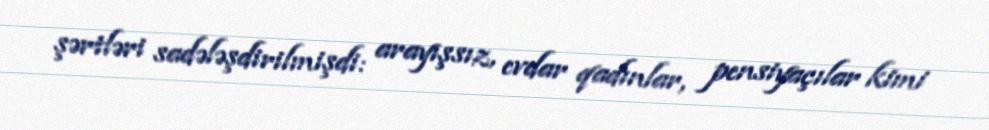
şərtləri sadələşdirilmişdi: arayışsız, evdar qadınlar, pensiyaçılar kimi